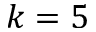
k = 5